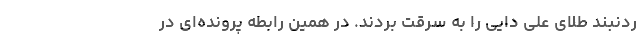
ردنبند طلای علی دایی را به سرقت بردند. در همین رابطه پرونده‌ای در